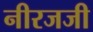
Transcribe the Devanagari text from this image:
नीरजजी